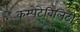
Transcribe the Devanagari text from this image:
कम्पेटेबिलिटी